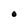
Character: O